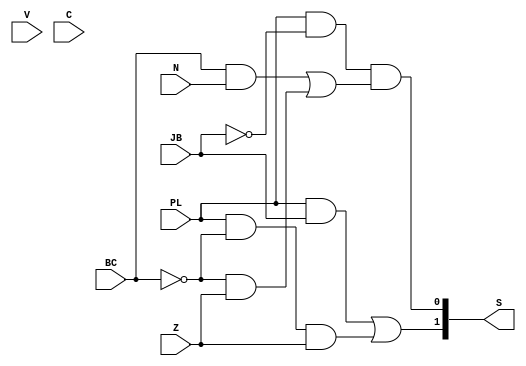
module branchcontrol(V, C, N, Z, PL, JB, BC, S);

input V, C, N, Z, PL, JB, BC;
output wire [1:0] S;

assign S[1] = (PL & JB) | (PL & ~BC & Z);
assign S[0] = (PL & ~JB) & ((BC & N) | (~BC & Z));

endmodule